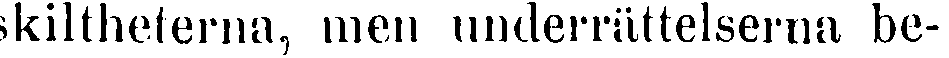
skiltheterna, men underrättelserna be-